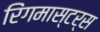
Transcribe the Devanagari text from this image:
रिंगमास्टर्स